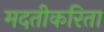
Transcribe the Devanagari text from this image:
मदतीकरिता